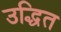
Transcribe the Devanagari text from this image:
उद्धित